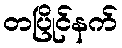
တပြိုင်နက်